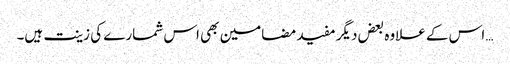
… اس کے علاوہ بعض دیگر مفید مضامین بھی اس شمارے کی زینت ہیں۔